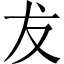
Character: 犮